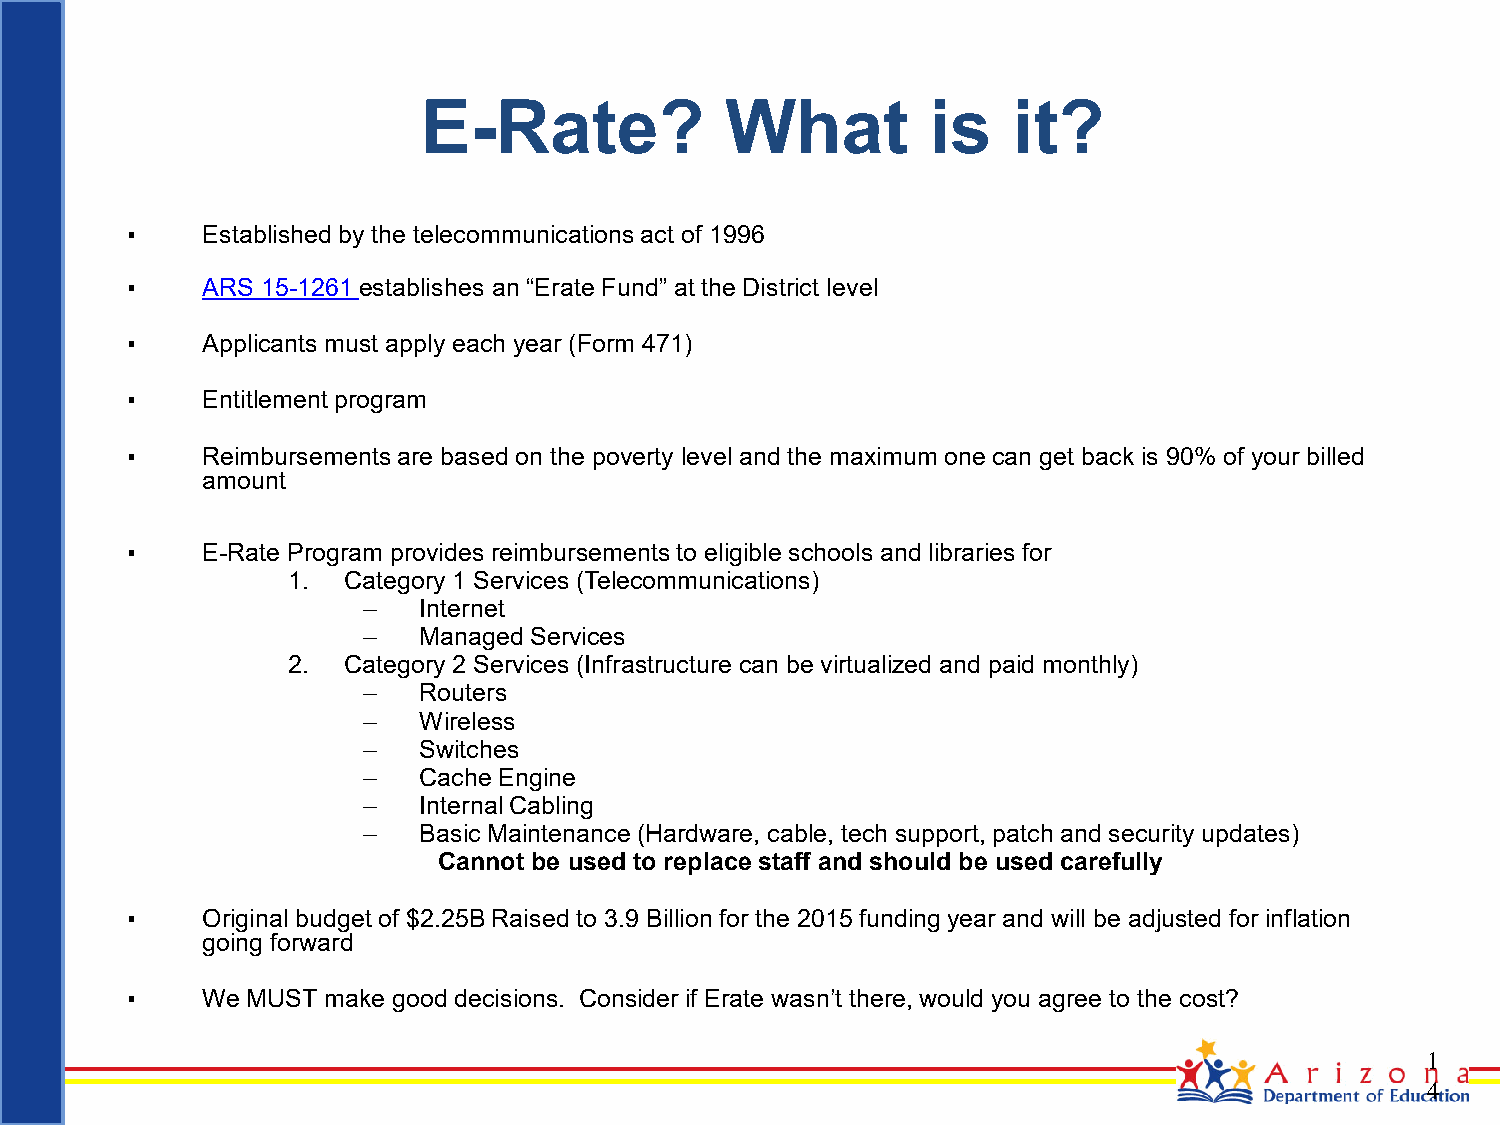
E-Rate?             What          is   it?
 ▪    Established by the telecommunications act of 1996
 ▪    ARS 15-1261 establishes an “Erate Fund” at the District level
 ▪    Applicants must apply each year (Form 471)
 ▪    Entitlement program
 ▪    Reimbursements are based on the poverty level and the maximum one can get back is 90% of your billed
 amount
 ▪    E-Rate Program provides reimbursements to eligible schools and libraries for
 1.  Category 1 Services (Telecommunications)
 –   Internet
 –   Managed Services
 2.  Category 2 Services (Infrastructure can be virtualized and paid monthly)
 –   Routers
 –   Wireless
 –   Switches
 –   Cache Engine
 –   Internal Cabling
 –   Basic Maintenance (Hardware, cable, tech support, patch and security updates)
 Cannot be used to replace staff and should be used carefully
 ▪    Original budget of $2.25B Raised to 3.9 Billion for the 2015 funding year and will be adjusted for inflation
 going forward
 ▪    We MUST make good decisions. Consider if Erate wasn’t there, would you agree to the cost?
 1
 4